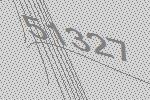
51327